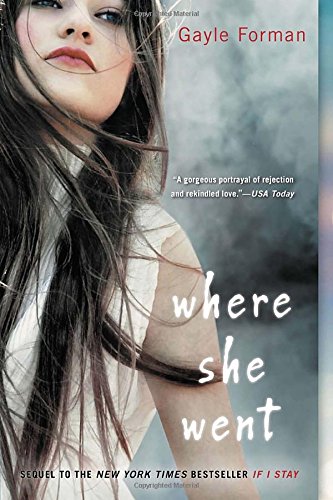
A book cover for Where She Went; Gayle Forman; Teen & Young Adult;